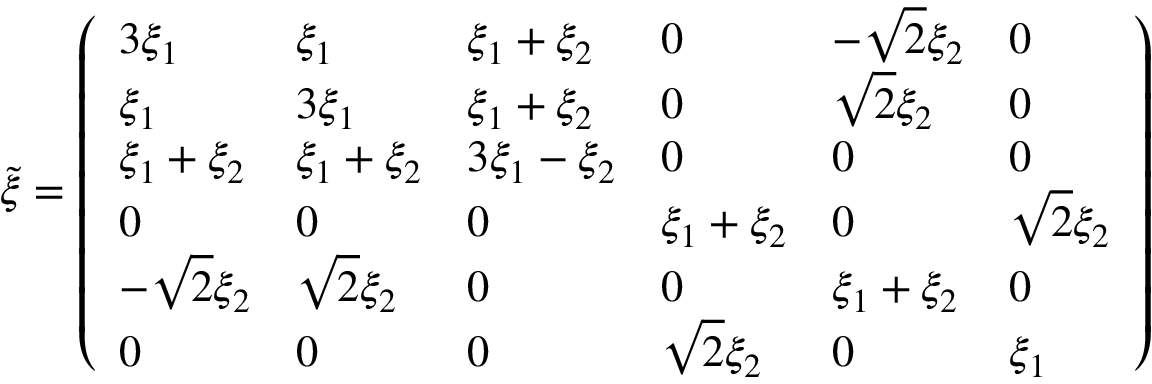
\tilde { \xi } = \left( \begin{array} { l l l l l l } { 3 \xi _ { 1 } } & { \xi _ { 1 } } & { \xi _ { 1 } + \xi _ { 2 } } & { 0 } & { - \sqrt { 2 } \xi _ { 2 } } & { 0 } \\ { \xi _ { 1 } } & { 3 \xi _ { 1 } } & { \xi _ { 1 } + \xi _ { 2 } } & { 0 } & { \sqrt { 2 } \xi _ { 2 } } & { 0 } \\ { \xi _ { 1 } + \xi _ { 2 } } & { \xi _ { 1 } + \xi _ { 2 } } & { 3 \xi _ { 1 } - \xi _ { 2 } } & { 0 } & { 0 } & { 0 } \\ { 0 } & { 0 } & { 0 } & { \xi _ { 1 } + \xi _ { 2 } } & { 0 } & { \sqrt { 2 } \xi _ { 2 } } \\ { - \sqrt { 2 } \xi _ { 2 } } & { \sqrt { 2 } \xi _ { 2 } } & { 0 } & { 0 } & { \xi _ { 1 } + \xi _ { 2 } } & { 0 } \\ { 0 } & { 0 } & { 0 } & { \sqrt { 2 } \xi _ { 2 } } & { 0 } & { \xi _ { 1 } } \end{array} \right)